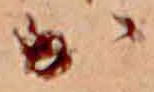
か